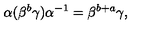
\alpha ( \beta ^ { b } \gamma ) \alpha ^ { - 1 } = \beta ^ { b + a } \gamma ,